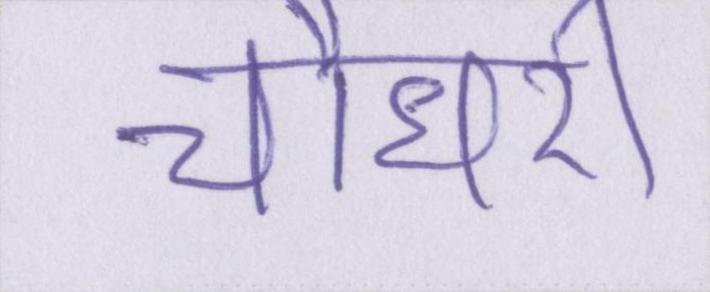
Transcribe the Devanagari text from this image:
चौधरी